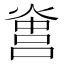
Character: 𤌻